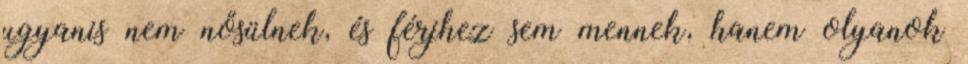
ugyanis nem nősülnek, és férjhez sem mennek, hanem olyanok